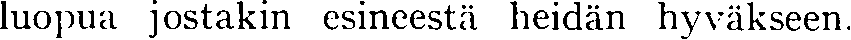
luopua jostakin esineestä heidän hyväkseen.